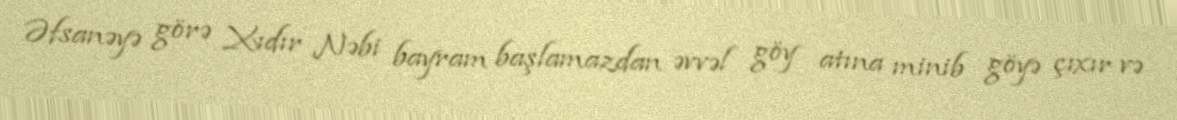
Əfsanəyə görə Xıdır Nəbi bayram başlamazdan əvvəl göy atına minib göyə çıxır və